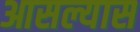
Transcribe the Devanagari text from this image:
आसल्यास